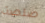
صلصة